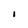
Character: I